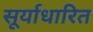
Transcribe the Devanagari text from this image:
सूर्याधारित